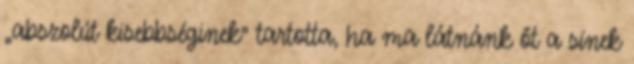
„abszolút kisebbséginek” tartotta, ha ma látnánk őt a sínek